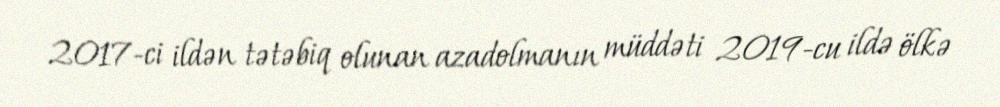
2017-ci ildən tətəbiq olunan azadolmanın müddəti 2019-cu ildə ölkə